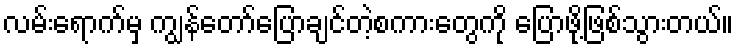
လမ်းရောက်မှ ကျွန်တော်ပြောချင်တဲ့စကားတွေကို ပြောဖို့ဖြစ်သွားတယ်။